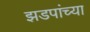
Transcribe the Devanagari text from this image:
झडपांच्या